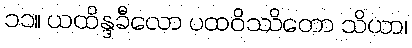
၁၁။ ယထိန္ဒခီလော ပထဝိဿိတော သိယာ၊